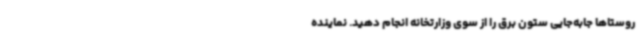
روستاها جابه‌جایی ستون برق را از سوی وزارتخانه انجام دهید. نماینده